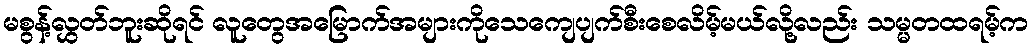
မစွန့်လွှတ်ဘူးဆိုရင် လူတွေအမြောက်အများကိုသေကျေပျက်စီးစေလိမ့်မယ်လို့လည်း သမ္မတထရမ့်က